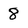
Character: 8